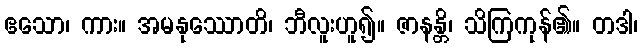
ဧသော၊ ကား။ အမနုဿောတိ၊ ဘီလူးဟူ၍။ ဇာနန္တိ၊ သိကြကုန်၏။ တဒါ၊